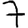
Digit: 7